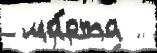
 ма́рта